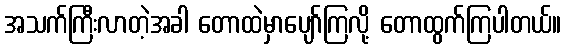
အသက်ကြီးလာတဲ့အခါ တောထဲမှာပျော်ကြလို့ တောထွက်ကြပါတယ်။